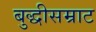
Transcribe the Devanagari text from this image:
बुद्धीसम्राट